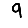
Digit: 9